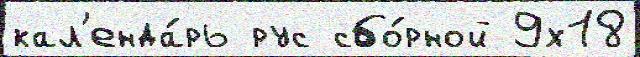
кал'енда́рь рус сбо́рной 9х18